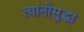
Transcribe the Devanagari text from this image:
त्यांनीसुद्धा